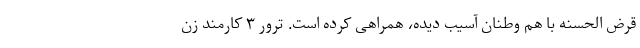
قرض الحسنه با هم وطنان آسیب دیده، همراهی کرده است. ترور ۳ کارمند زن